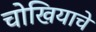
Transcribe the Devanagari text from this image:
चोखियाचे